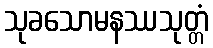
သုခသောမနဿသုတ္တံ